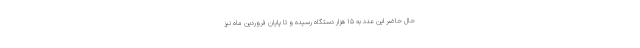
حال حاضر این عدد به ۱۵ هزار دستگاه رسیده و تا پایان فروردین ماه نیز